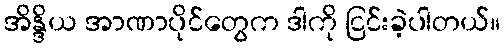
အိန္ဒိယ အာဏာပိုင်တွေက ဒါကို ငြင်းခဲ့ပါတယ်။